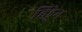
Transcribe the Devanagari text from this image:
हिड्डेन